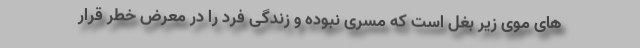
های موی زیر بغل است که مسری نبوده و زندگی فرد را در معرض خطر قرار